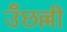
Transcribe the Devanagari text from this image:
उँछल्ली